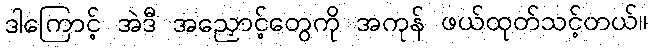
ဒါကြောင့် အဲဒီ အညှောင့်တွေကို အကုန် ဖယ်ထုတ်သင့်တယ်။